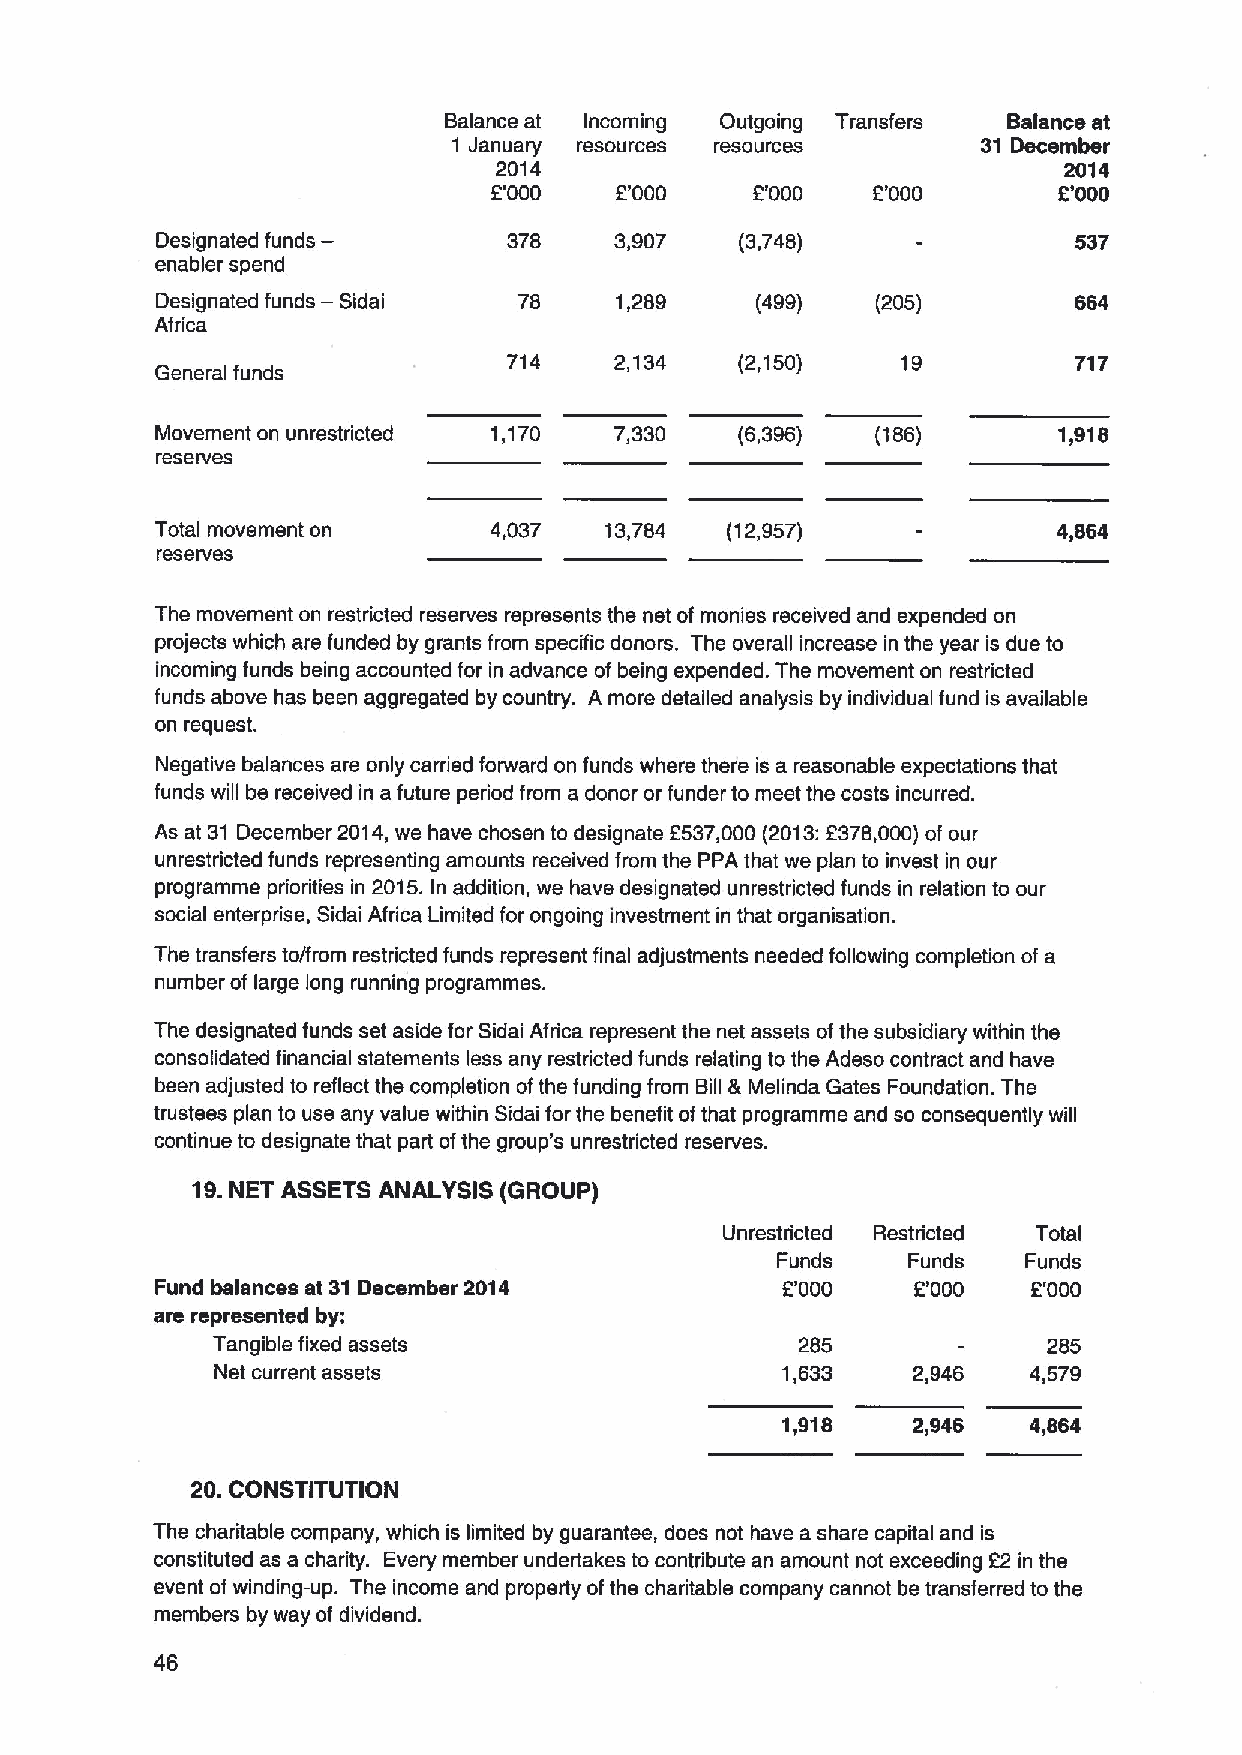
Balance at Incoming Outgoing Transfers Balance at
 1 January resources resources      31 December
 2014                                 2014
 L'000   OOOO     OOOO    2'000       2'000
 Designated funds—       378    3,907   (3,748)               537
 enabler spend
 Designated funds — Sidai 78    1,289    (499)   (205)        664
 Africa
 714    2,134   (2,150)    19         717
 General funds
 Movement on unrestricted 1,170 7,330   (6,396)  (186)       1,918
 reserves
 Total movement on     4,037   13,784  (12,957)              4,864
 reserves
 The movement on restricted reserves represents the net of monies received and expended on
 projects which are funded by grants from specific donors. The overall increase in the year is due to
 incoming funds being accounted for in advance of being expended. The movement on restricted
 funds above has been aggregated by country. A more detailed analysis by individual fund is available
 on request.
 Negative balances are only carried forward on funds where there is a reasonable expectations that
 funds will be received in a future period from a donor or funder to meet the costs incurred.
 As at 31 December 2014,we have chosen to designate 2537,000 (2013:2378,000)of our
 unrestricted funds representing amounts received from the PPA that we plan to invest in our
 programme priorities in 2015.In addition, we have designated unrestricted funds in relation to our
 social enterprise, Sidai Africa Limited for ongoing investment in that organisation.
 The transfers to/from restricted funds represent final adjustments needed following completion of a
 number of large long running programmes.
 The designated funds set aside for Sidai Africa represent the net assets ofthe subsidiary within the
 consolidated financial statements less any restricted funds relating to the Adeso contract and have
 been adjusted to reflect the completion ofthe funding from Bill &Melinda Gates Foundation. The
 trustees plan to use any value within Sidai for the benefit ofthat programme and so consequently will
 continue to designate that part ofthe group's unrestricted reserves.
 19.NET ASSETS ANALYSIS (GROUP)
 Unrestricted Restricted Total
 Funds    Funds   Funds
 Fund balances at 31December 2014          2'000    2'000  2'000
 are represented by:
 Tangible fixed assets                  285             285
 Net current assets                    1,633   2,946   4,579
 1,918   2,946   4,864
 20.CONSTITUTION
 The charitable company, which is limited by guarantee, does not have a share capital and is
 constituted as a charity. Every member undertakes to contdbute an amount not exceeding 22 in the
 event of winding-up. The income and property ofthe charitable company cannot be transferred to the
 members by way of dividend.
 46